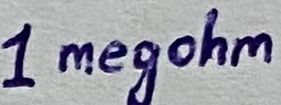
Text: 1megohm